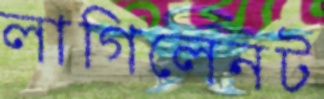
লাগিলেনট